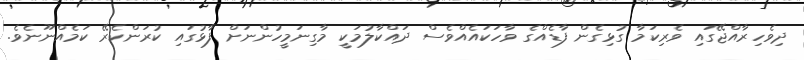
ދިވެހިރާއްޖޭގައި ވެރިކަމާ ގުޅިގެން ފާޑެއްގެ ވާހަކައެއްވެސް ދައްކާލުމަކީ މާގިނަމީހުންނަށް ފާޅުގައި ކުރަންކެރޭ ކަމެއްނޫނެވެ.